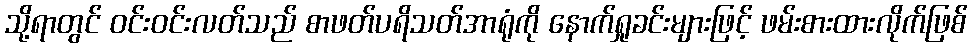
သို့ရာတွင် ဝင်းဝင်းလတ်သည် စာဖတ်ပရိသတ်အာရုံကို နောက်ရှုခင်းများဖြင့် ဖမ်းစားထားလိုက်ဖြစ်